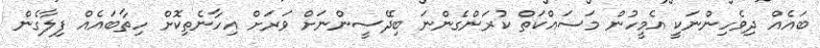
ބައެއް ދިވެހިންނަކީ އެމީހުން މަސައްކަތް ކުރަންގެންނަ ބިދޭސީންނަށް ވަރަށް އިހާނެތިކޮށް ހިތާބައެއް ފިލާގެން